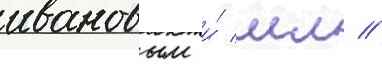
ивановым и́ мл //